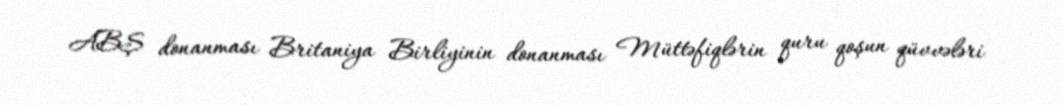
ABŞ donanması Britaniya Birliyinin donanması Müttəfiqlərin quru qoşun qüvvələri